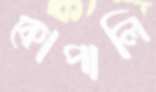
কোপালি